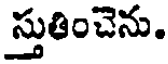
స్తుతించెను.